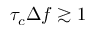
\tau _ { c } \Delta f \gtrsim 1